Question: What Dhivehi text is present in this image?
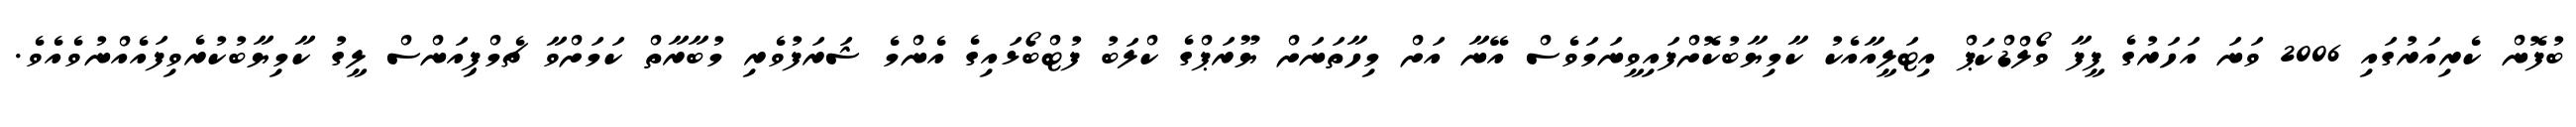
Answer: ބުފޮން ކެރިއަރުގައި 2006 ވަނަ އަހަރުގެ ފީފާ ވޯލްޑްކަޕް އިޓަލީއާއެކު ކާމިޔާބުކޮށްފައިވީނަމަވެސް އޭނާ އަށް މިހާތަނަށް ޔޫރަޕްގެ ކްލަބު ފުޓްބޯޅައިގެ އެންމެ ޝަރަފުވެރި މުބާރާތް ކަމަށްވާ ޗެމްޕިއަންސް ލީގު ކާމިޔާބުކުރެވިފައެއްނުވެއެވެ.